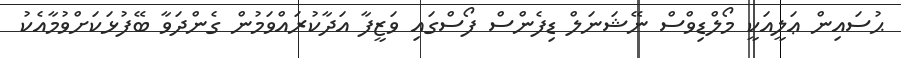
ޙުސައިން ޢަލީއަކީ މޯލްޑިވްސް ނޭޝަނަލް ޑިފެންސް ފޯސްގައި ވަޒީފާ އަދާކުރައްވަމުން ގެންދަވާ ބޭފުޅަކަށްވުމާއެކު